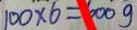
1 0 0 \times 6 = 6 0 0 g